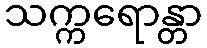
သက္ကရောန္တာ